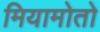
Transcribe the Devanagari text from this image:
मियामोतो